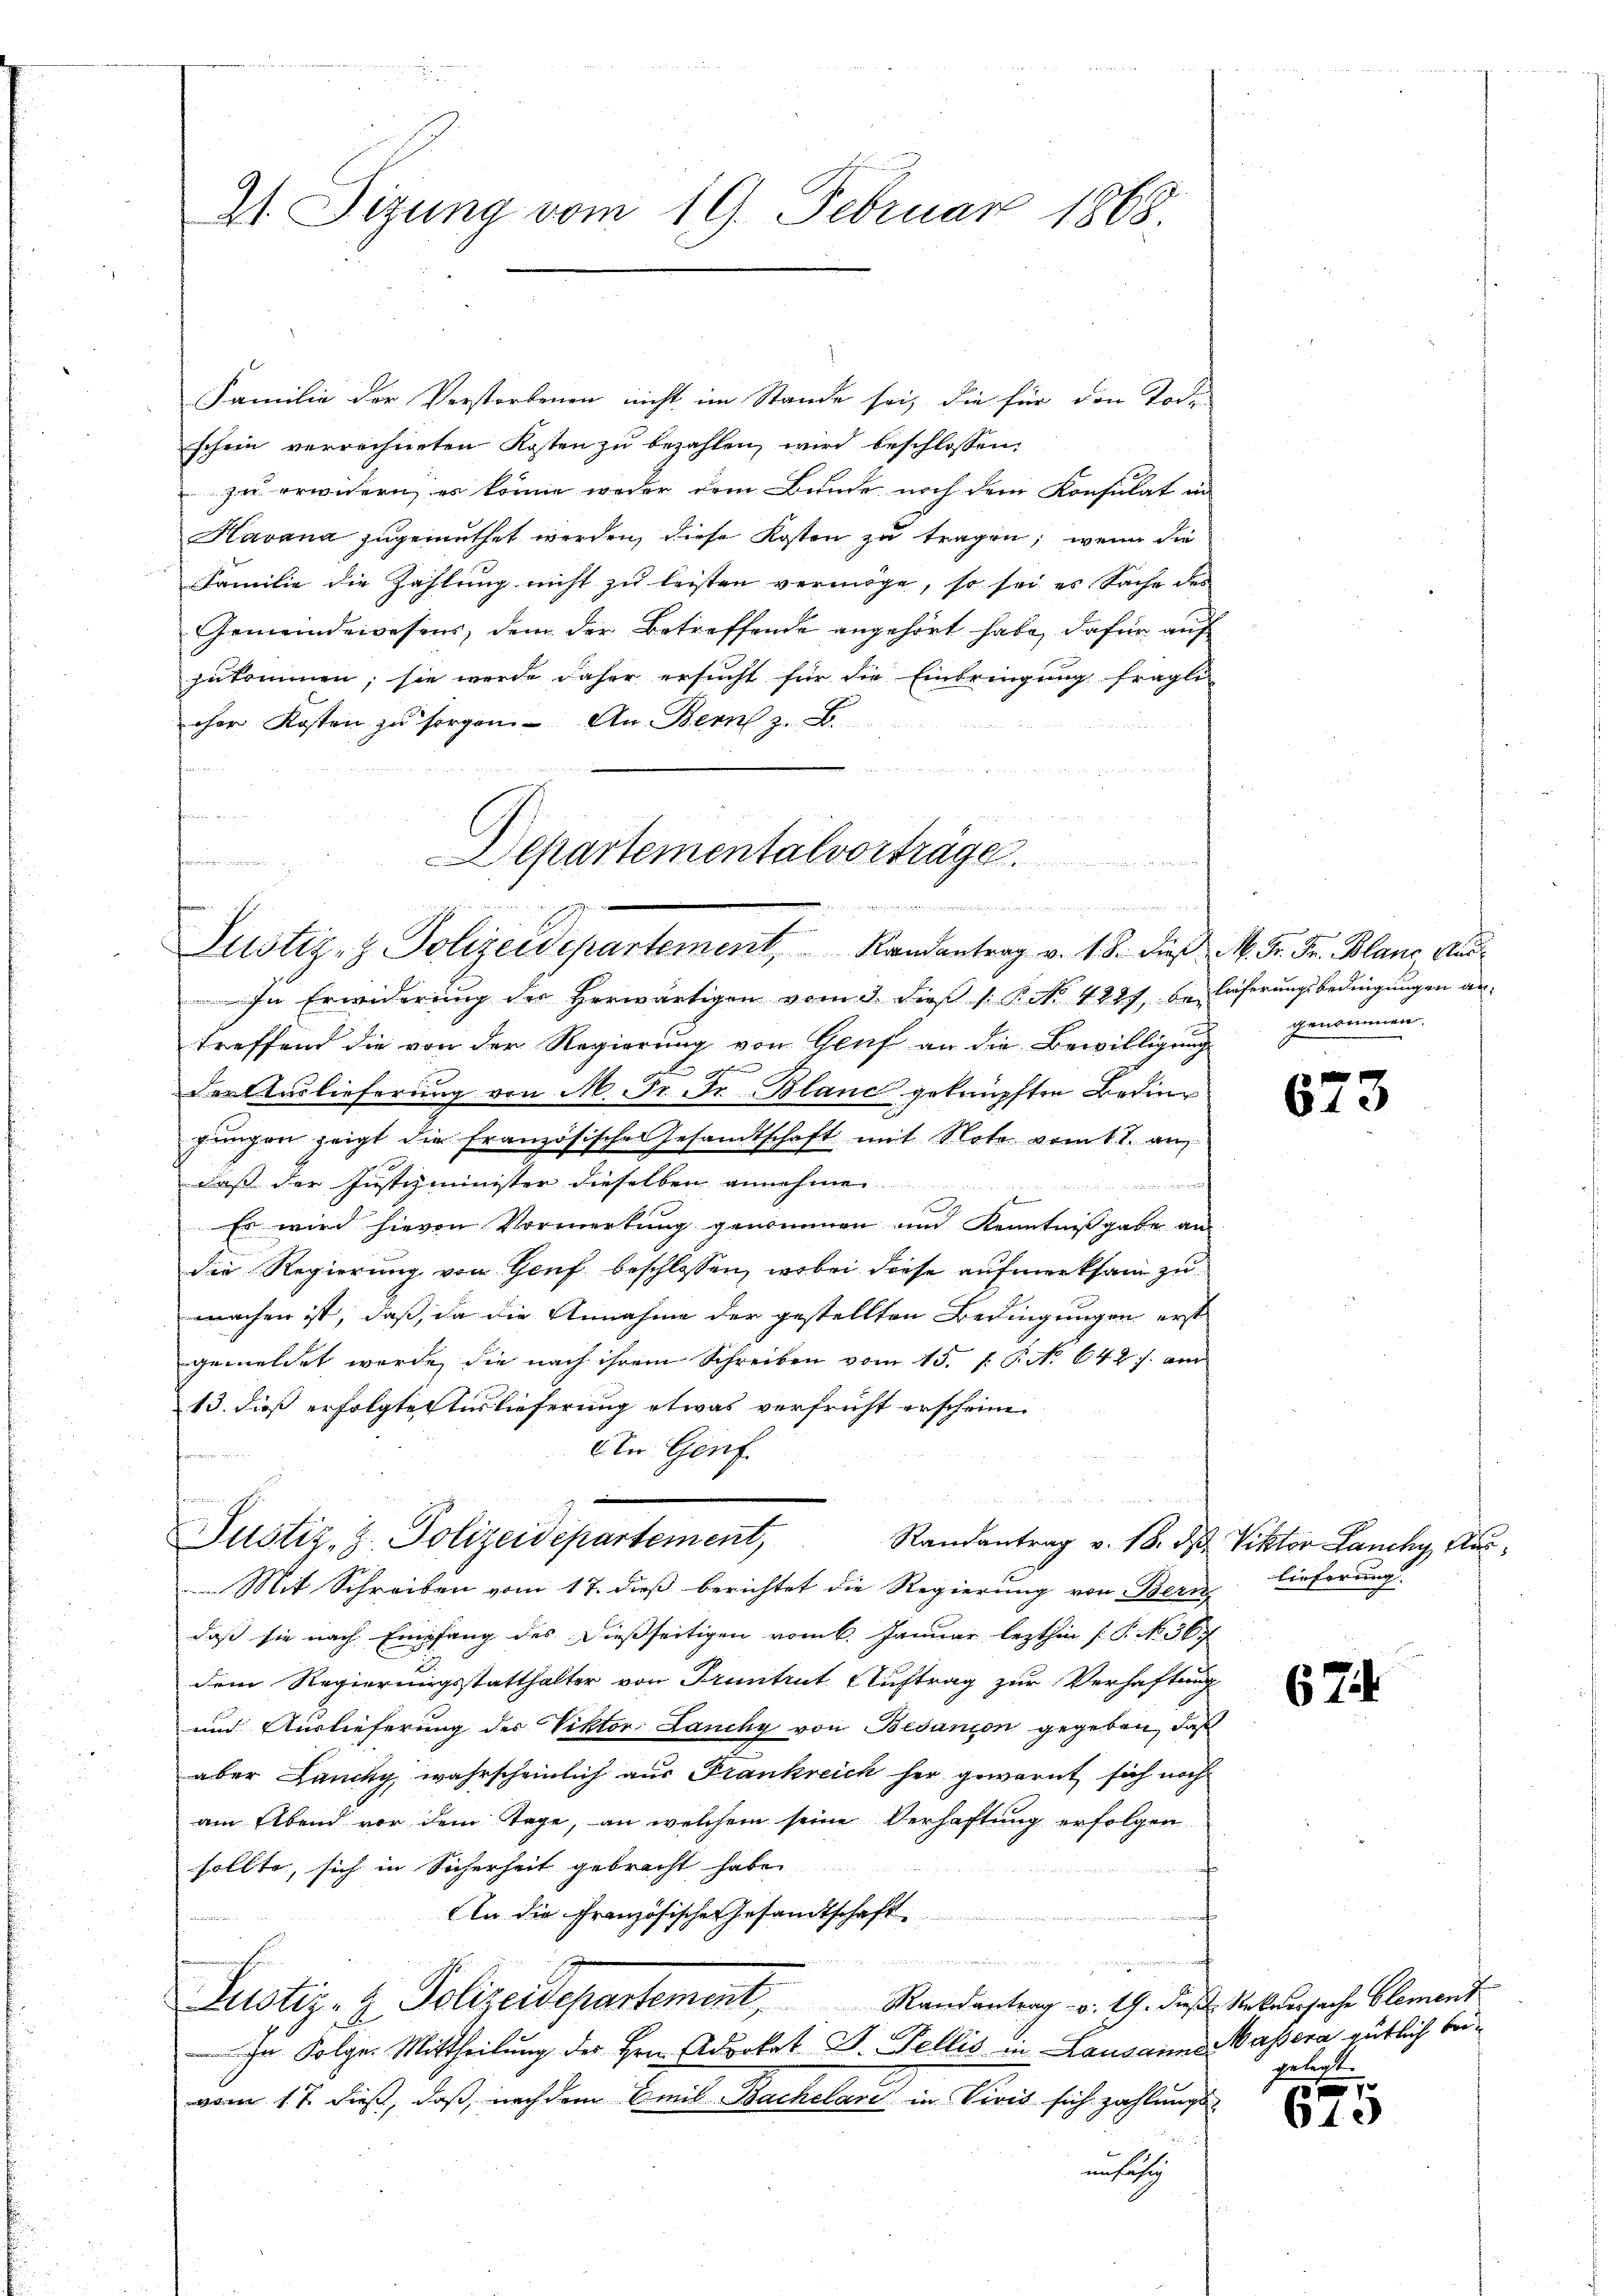
Familie der Verstorbenen nicht im Stande sei, die für den Tode
schein verrechneten Kosten zu bezahlen, wird beschlossen,
zu erwidern, es könne weder dem Bunde noch dem Konsulat in
Havana zugemuthet werden, diese Kosten zu tragen; wenn die
Familie die Zahlung nicht zu leisten vermöge, so sei es Sache des
Gemeindewesens, dem der Betreffende angehört habe, dafür auf
zukommen; sie werde daher ersucht für die Einbringung fragli
cher Kosten zu sorgen. An Bern z. B.

21. Sizung vom 19. Februar 1868.

Departementalvorträge.
t

2
Justiz- & Polizeidepartement Randantrag v. 18. dieß M. Fr. Fr. Blanc Aus¬

In Erwiderung der Herwärtigen vom 3. dieß (: P. No. 4227, Belieferungsbedingungen antreffend die von der Regierung von Genf an die Bewilligung genommen.
n
.
Der Auslieferung von M. Fr. Dr Blanc geknüpften Beding
gŭngen zeigt die französische Gesandtschaft mit Note vom 11. an
daß der Justizminister dieselben annehmen |
f
f
E
Es wird hievon Vormerkung genommen und Kenntnißgabe an
die Regierung von Genf beschlossen, wobei diese aufmerksam zu
machen ist, daß, da die Annahme der gestellten Bedingungen erst
gemeldet werde, die nach ihrem Schreiben vom 15. 1. P. N. 642 f. am
13. dieß erfolgte Auslieferung etwas verfrüht erscheine.
Ain Genf
daß sie nach Empfang des dießseitigen vom 6. Januar lezthin (: P. No 36.
dem Regierungsstatthalter von Pruntrut. Auftrag zur Verhaftung
und Auslieferung des Viktor Lanchy von Besanion gegeben, daß
aber Lancky, wahrscheinlich aus Frankreich her gewarnt sich noch
am Abend vor dem Tage, an welchem seine Verhaftung erfolgen
sollte, sich in Sicherheit gebracht habe.
An die Französische Gesandtschaft
ellen und
Justiz- & Polizeidepartement Randantrag v. 19. dies Rekursache Element
In Folger Mittheilung des Hrn. Advokat Dr. Fellis in Lausanne Massera gütlich beivom 17. dieß, daß, nach dem Emil Bachelari in Viret sich zahlungsenfisch

n
Justiz, z. Polizeidepartement,
Mit Schreiben vom 17. dieß berichtet die Regierung von Bern

673

Randantrag v. 18. d. Viktor Lancky, Aarlieferung

67

Der Kant

10 f 1
610